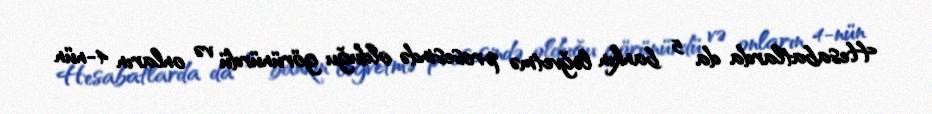
Hesabatlarda da 5 bankın ləğvetmə prosesində olduğu görünürdü və onların 4-nün